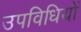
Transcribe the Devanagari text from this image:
उपविधियों